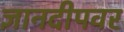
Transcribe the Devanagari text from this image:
ज्ञानदीपवर